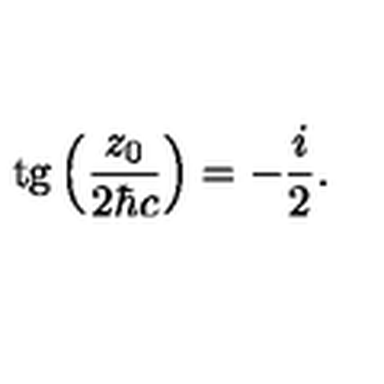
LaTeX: \mathrm { t g } \left( \frac { z _ { 0 } } { 2 { \hbar } c } \right) = - \frac { i } { 2 } .